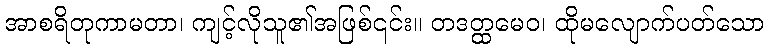
အာစရိတုကာမတာ၊ ကျင့်လိုသူ၏အဖြစ်၎င်း။ တဒတ္ထမေဝ၊ ထိုမလျောက်ပတ်သော